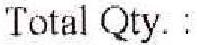
TOTAL QTY. :